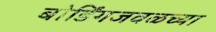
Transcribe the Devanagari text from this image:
बोर्डिंगजवळच्या